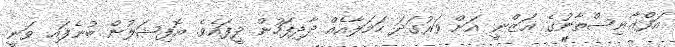
އަފްޣާނިސްތާނުގެ ޣަޒްނީ އަށް ވަރުގަދަ ހަމަލާއެއް ދާދިފަހުން ދީފައެވެ. އޮފިޝަލުން ބުނެފައި ވަނީ